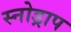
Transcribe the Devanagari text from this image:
स्नोड्राप